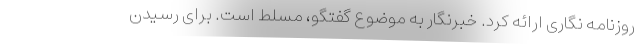
روزنامه نگاری ارائه کرد. خبرنگار به موضوع گفتگو، مسلط است. برای رسیدن